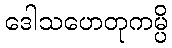
ဒေါသဟေတုကမ္ပိ